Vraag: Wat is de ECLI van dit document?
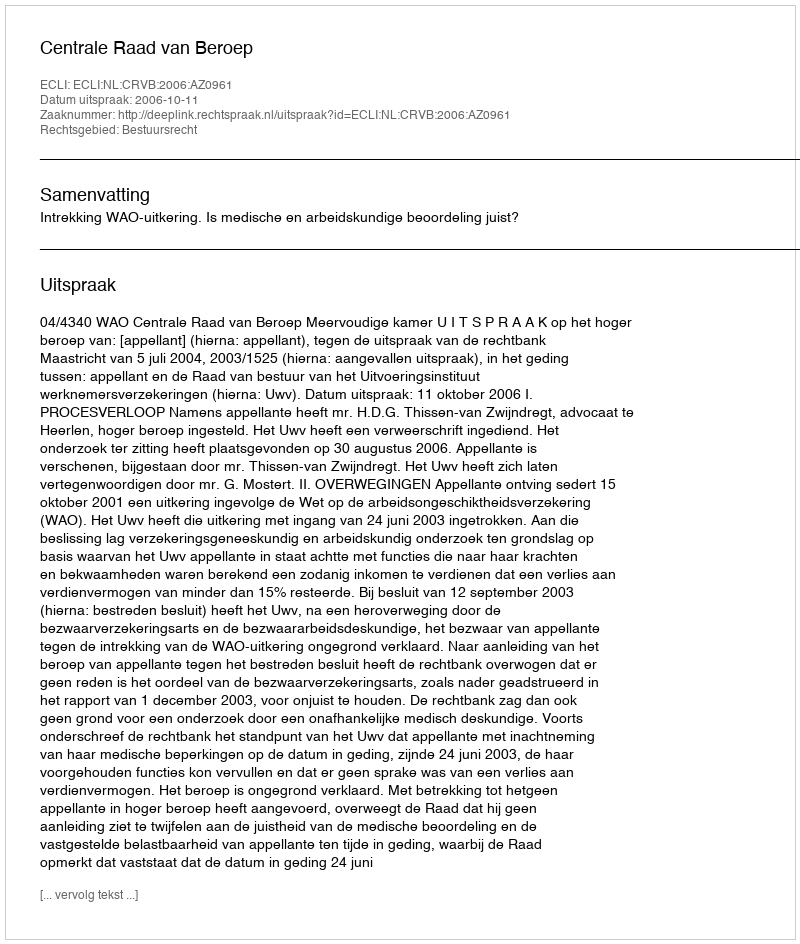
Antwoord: ECLI:NL:CRVB:2006:AZ0961